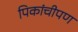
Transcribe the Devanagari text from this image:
पिकांचीपण